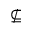
\nsubseteq